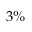
3 \%